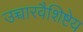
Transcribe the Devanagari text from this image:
उच्चारवैशिष्टेय